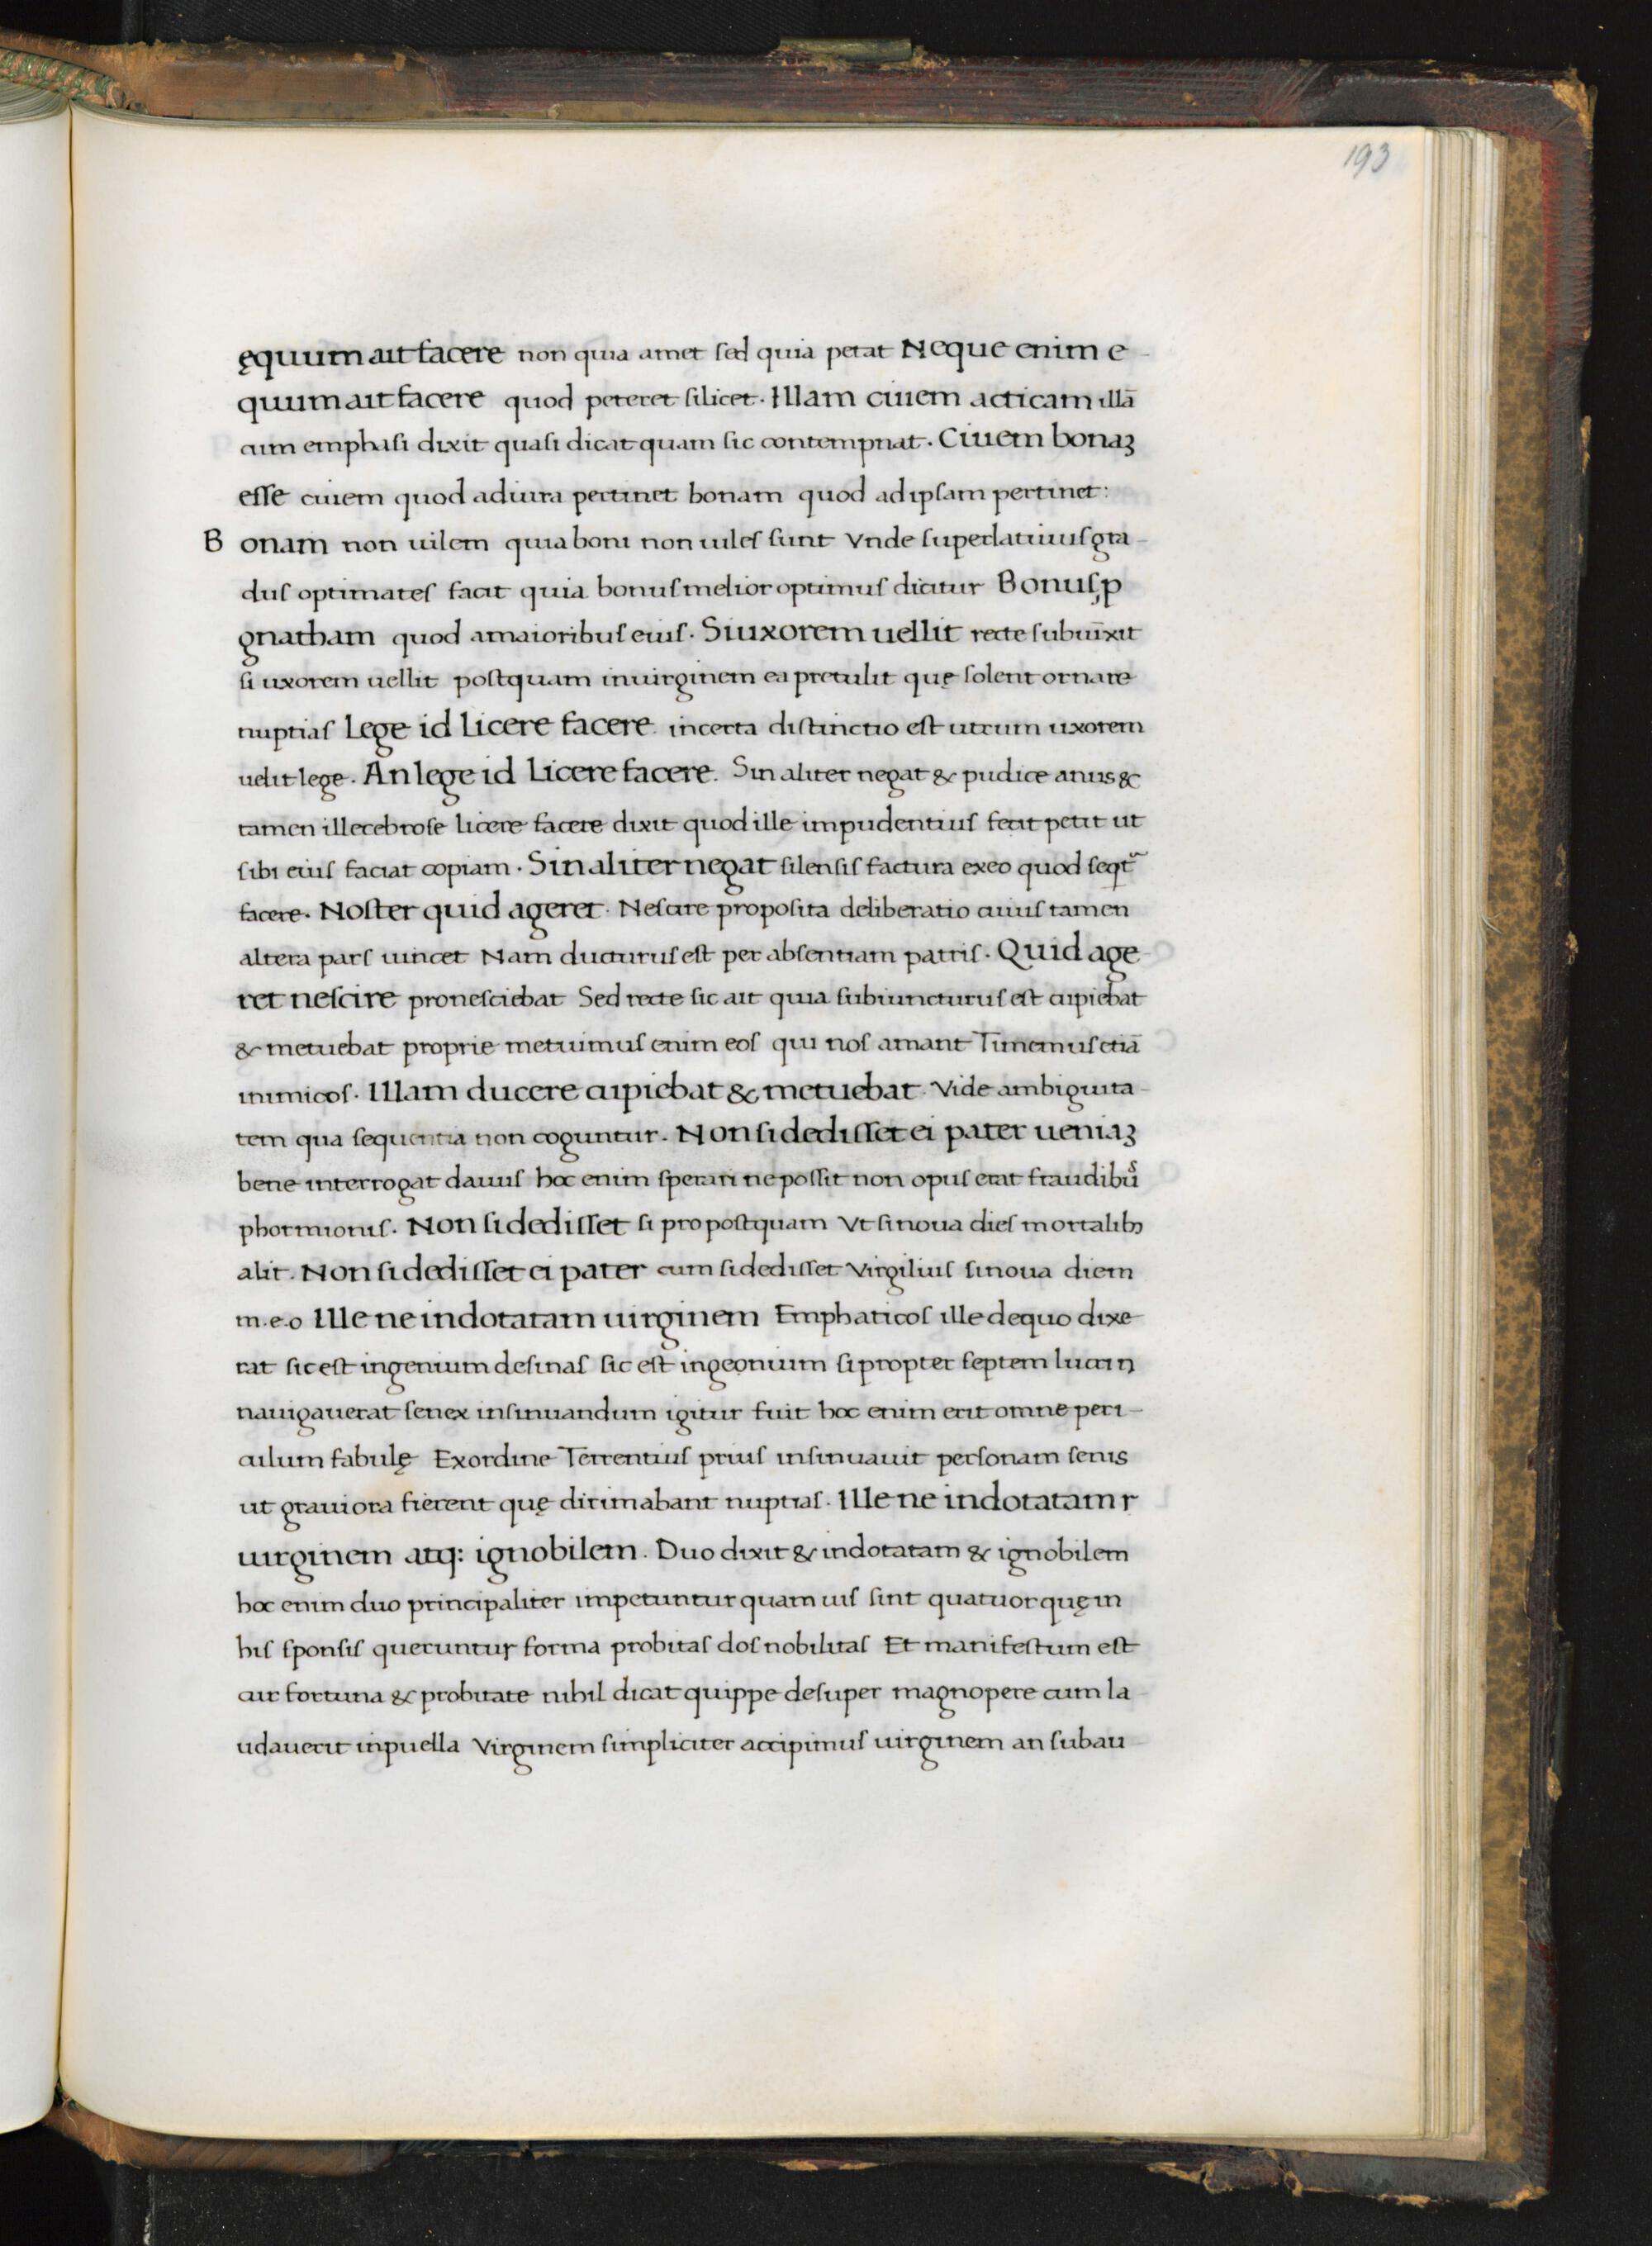
Shelfmark: Florence, Biblioteca Medicea Laurenziana, Laur. Plut. 53.09
Century: 15